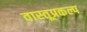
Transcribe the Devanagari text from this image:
वास्तूप्रकल्प